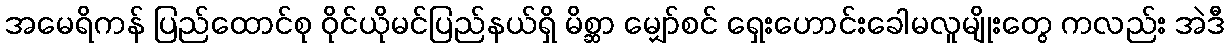
အမေရိကန် ပြည်ထောင်စု ဝိုင်ယိုမင်ပြည်နယ်ရှိ မိစ္ဆာ မျှော်စင် ရှေးဟောင်းခေါမလူမျိုးတွေ ကလည်း အဲဒီ